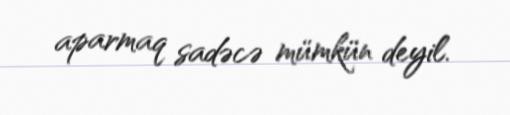
aparmaq sadəcə mümkün deyil.